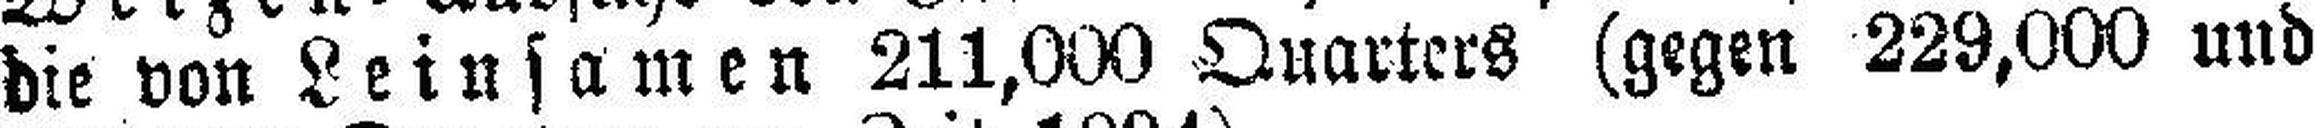
die von Leinsamen 211,000 Quarters (gegen 229,000 und